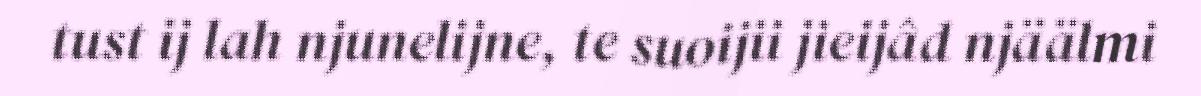
tust ij lah njunelijne, te suoijii jieijâd njäälmi